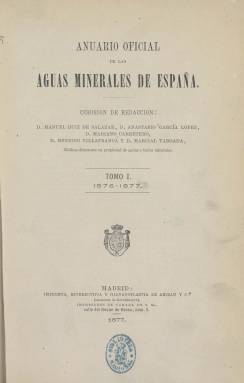
Título: Anuario oficial de las aguas minerales de España
Otros títulos: Título de los tomos 3-5: Anuario oficial estadístico de las aguas minerales de España
Colección: Anuarios e informes || Salud e higiene
Ámbito geográfico: Madrid
Lugar de publicación: Madrid
Fechas: 01/01/1876-31/12/1889